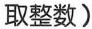
取整数)